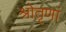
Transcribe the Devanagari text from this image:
श्रोतृणां